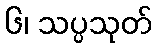
၆၊ သပ္ပသုတ်